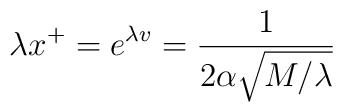
\lambda x^{+}=e^{\lambda v}=\frac{1}{2\alpha\sqrt{M/\lambda}}